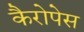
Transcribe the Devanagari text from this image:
कैरोपेस